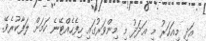
އަދި މިއަހަރު މި ޢަދަދު މި މިންވަރުގައި ހިފެހެއްޓޭނެ ކަމަށް ލަފާކުރެވޭ.